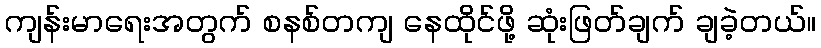
ကျန်းမာရေးအတွက် စနစ်တကျ နေထိုင်ဖို့ ဆုံးဖြတ်ချက် ချခဲ့တယ်။